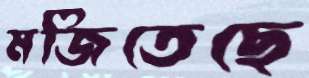
মজিতেছে